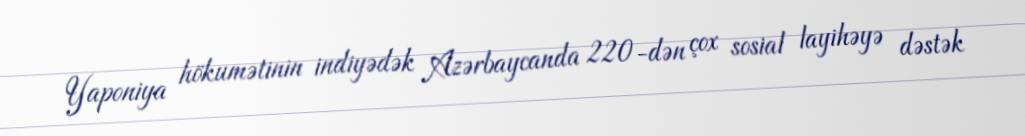
Yaponiya hökumətinin indiyədək Azərbaycanda 220-dən çox sosial layihəyə dəstək